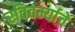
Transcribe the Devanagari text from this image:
रविवर्म्याचे